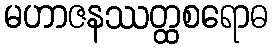
မဟာဇနဿတ္ထစရောဓ